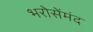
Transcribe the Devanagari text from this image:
भरोसेंमंद